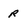
Character: R